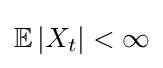
\mathbb {E} \left|X_{t}\right|<\infty